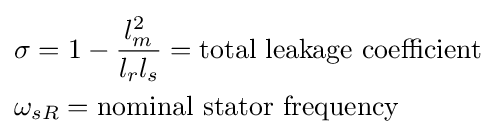
{\begin{aligned}&\sigma =1-{\frac {l_{m}^{2}}{l_{r}l_{s}}}={\text{total leakage coefficient}}\\&\omega _{sR}={\text{nominal stator frequency}}\end{aligned}}